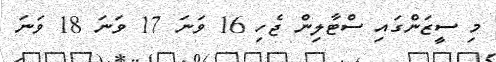
މި ސީޒަންގައި ސްޓާލިން ޖެހި 16 ވަނަ 17 ވަނަ 18 ވަނަ